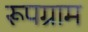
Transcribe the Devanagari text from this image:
रूपग्राम